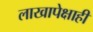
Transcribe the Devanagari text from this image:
लाखापेक्षाही